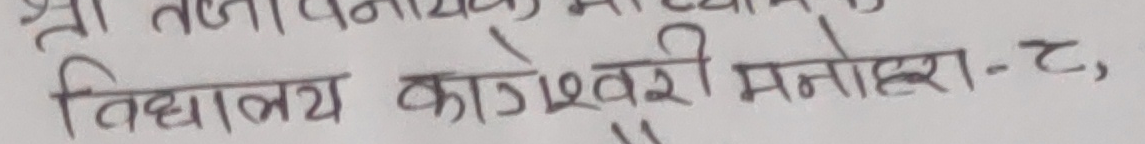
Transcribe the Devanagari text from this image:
विद्यालय कागेश्वरी मनोहरा-२,